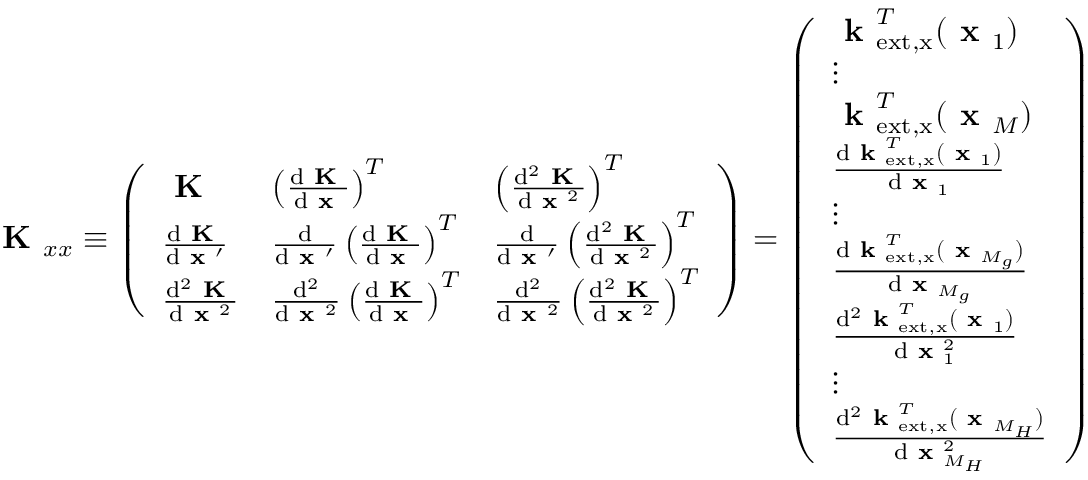
\textbf { K } _ { x x } \equiv \left( \begin{array} { l l l } { \textbf { K } } & { \left( \frac { \mathrm { d } \textbf { K } } { \mathrm { d } \textbf { x } } \right) ^ { T } } & { \left( \frac { \mathrm { d } ^ { 2 } \textbf { K } } { \mathrm { d } \textbf { x } ^ { 2 } } \right) ^ { T } } \\ { \frac { \mathrm { d } \textbf { K } } { \mathrm { d } \textbf { x } ^ { \prime } } } & { \frac { \mathrm { d } } { \mathrm { d } \textbf { x } ^ { \prime } } \left( \frac { \mathrm { d } \textbf { K } } { \mathrm { d } \textbf { x } } \right) ^ { T } } & { \frac { \mathrm { d } } { \mathrm { d } \textbf { x } ^ { \prime } } \left( \frac { \mathrm { d } ^ { 2 } \textbf { K } } { \mathrm { d } \textbf { x } ^ { 2 } } \right) ^ { T } } \\ { \frac { \mathrm { d } ^ { 2 } \textbf { K } } { \mathrm { d } \textbf { x } ^ { 2 } } } & { \frac { \mathrm { d } ^ { 2 } } { \mathrm { d } \textbf { x } ^ { 2 } } \left( \frac { \mathrm { d } \textbf { K } } { \mathrm { d } \textbf { x } } \right) ^ { T } } & { \frac { \mathrm { d } ^ { 2 } } { \mathrm { d } \textbf { x } ^ { 2 } } \left( \frac { \mathrm { d } ^ { 2 } \textbf { K } } { \mathrm { d } \textbf { x } ^ { 2 } } \right) ^ { T } } \end{array} \right) = \left( \begin{array} { l } { \textbf { k } _ { \mathrm { e x t , x } } ^ { T } ( \textbf { x } _ { 1 } ) } \\ { \vdots } \\ { \textbf { k } _ { \mathrm { e x t , x } } ^ { T } ( \textbf { x } _ { M } ) } \\ { \frac { \mathrm { d } \textbf { k } _ { \mathrm { e x t , x } } ^ { T } ( \textbf { x } _ { 1 } ) } { \mathrm { d } \textbf { x } _ { 1 } } } \\ { \vdots } \\ { \frac { \mathrm { d } \textbf { k } _ { \mathrm { e x t , x } } ^ { T } ( \textbf { x } _ { M _ { g } } ) } { \mathrm { d } \textbf { x } _ { M _ { g } } } } \\ { \frac { \mathrm { d } ^ { 2 } \textbf { k } _ { \mathrm { e x t , x } } ^ { T } ( \textbf { x } _ { 1 } ) } { \mathrm { d } \textbf { x } _ { 1 } ^ { 2 } } } \\ { \vdots } \\ { \frac { \mathrm { d } ^ { 2 } \textbf { k } _ { \mathrm { e x t , x } } ^ { T } ( \textbf { x } _ { M _ { H } } ) } { \mathrm { d } \textbf { x } _ { M _ { H } } ^ { 2 } } } \end{array} \right)